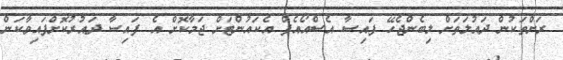
ރަށްތަކުން ދައުލަތަށް ލިބެންޖެހޭ ފައިސާ އެސްއޯއެފް އެކައުންޓަށް ޖަމާކޮށް އެ ފައިސާ ދައުރުކޮށްފައިވާކަން